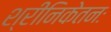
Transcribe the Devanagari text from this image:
श्रीनिकेतनः